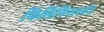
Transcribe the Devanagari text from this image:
फिलिपिन्सपर्यंत